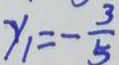
y _ { 1 } = - \frac { 3 } { 5 }